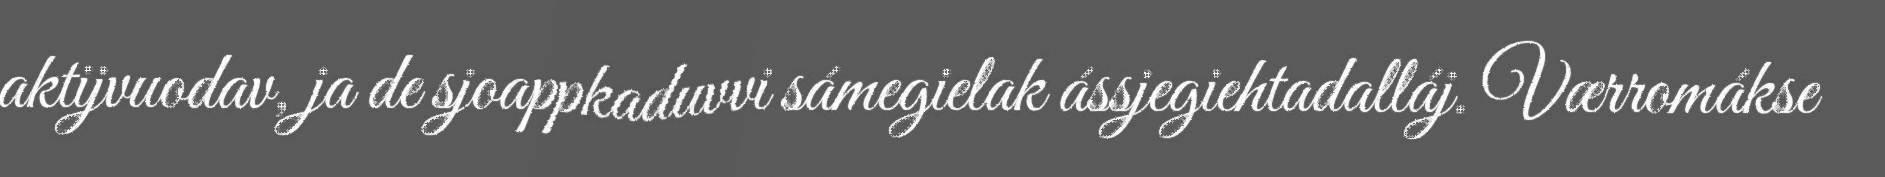
aktijvuodav, ja de sjoappkaduvvi sámegielak ássjegiehtadalláj. Værromákse